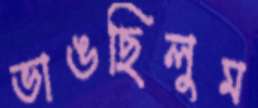
ভাঙছিলুম